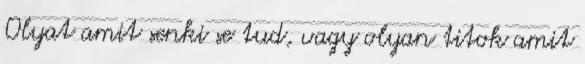
Olyat amit senki se tud, vagy olyan titok amit